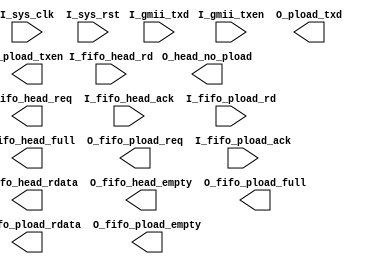
module lzw_forward_prepare(

input              I_sys_clk                , ///system clock,250m clock                         ///
input              I_sys_rst                , ///system reset,sync with 250m                     ///

input       [ 7:0] I_gmii_txd               , 
input              I_gmii_txen              , 

output             O_head_no_pload          ,
output             O_fifo_head_req          ,
input              I_fifo_head_ack          ,
input              I_fifo_head_rd           ,
output      [ 8:0] O_fifo_head_rdata        ,
output             O_fifo_head_full         ,
output             O_fifo_head_empty        ,

output             O_fifo_pload_req         ,
input              I_fifo_pload_ack         ,
input              I_fifo_pload_rd          ,
output      [ 8:0] O_fifo_pload_rdata       ,
output             O_fifo_pload_empty       ,
output             O_fifo_pload_full        ,

output      [ 7:0] O_pload_txd              , 
output             O_pload_txen               

);

endmodule